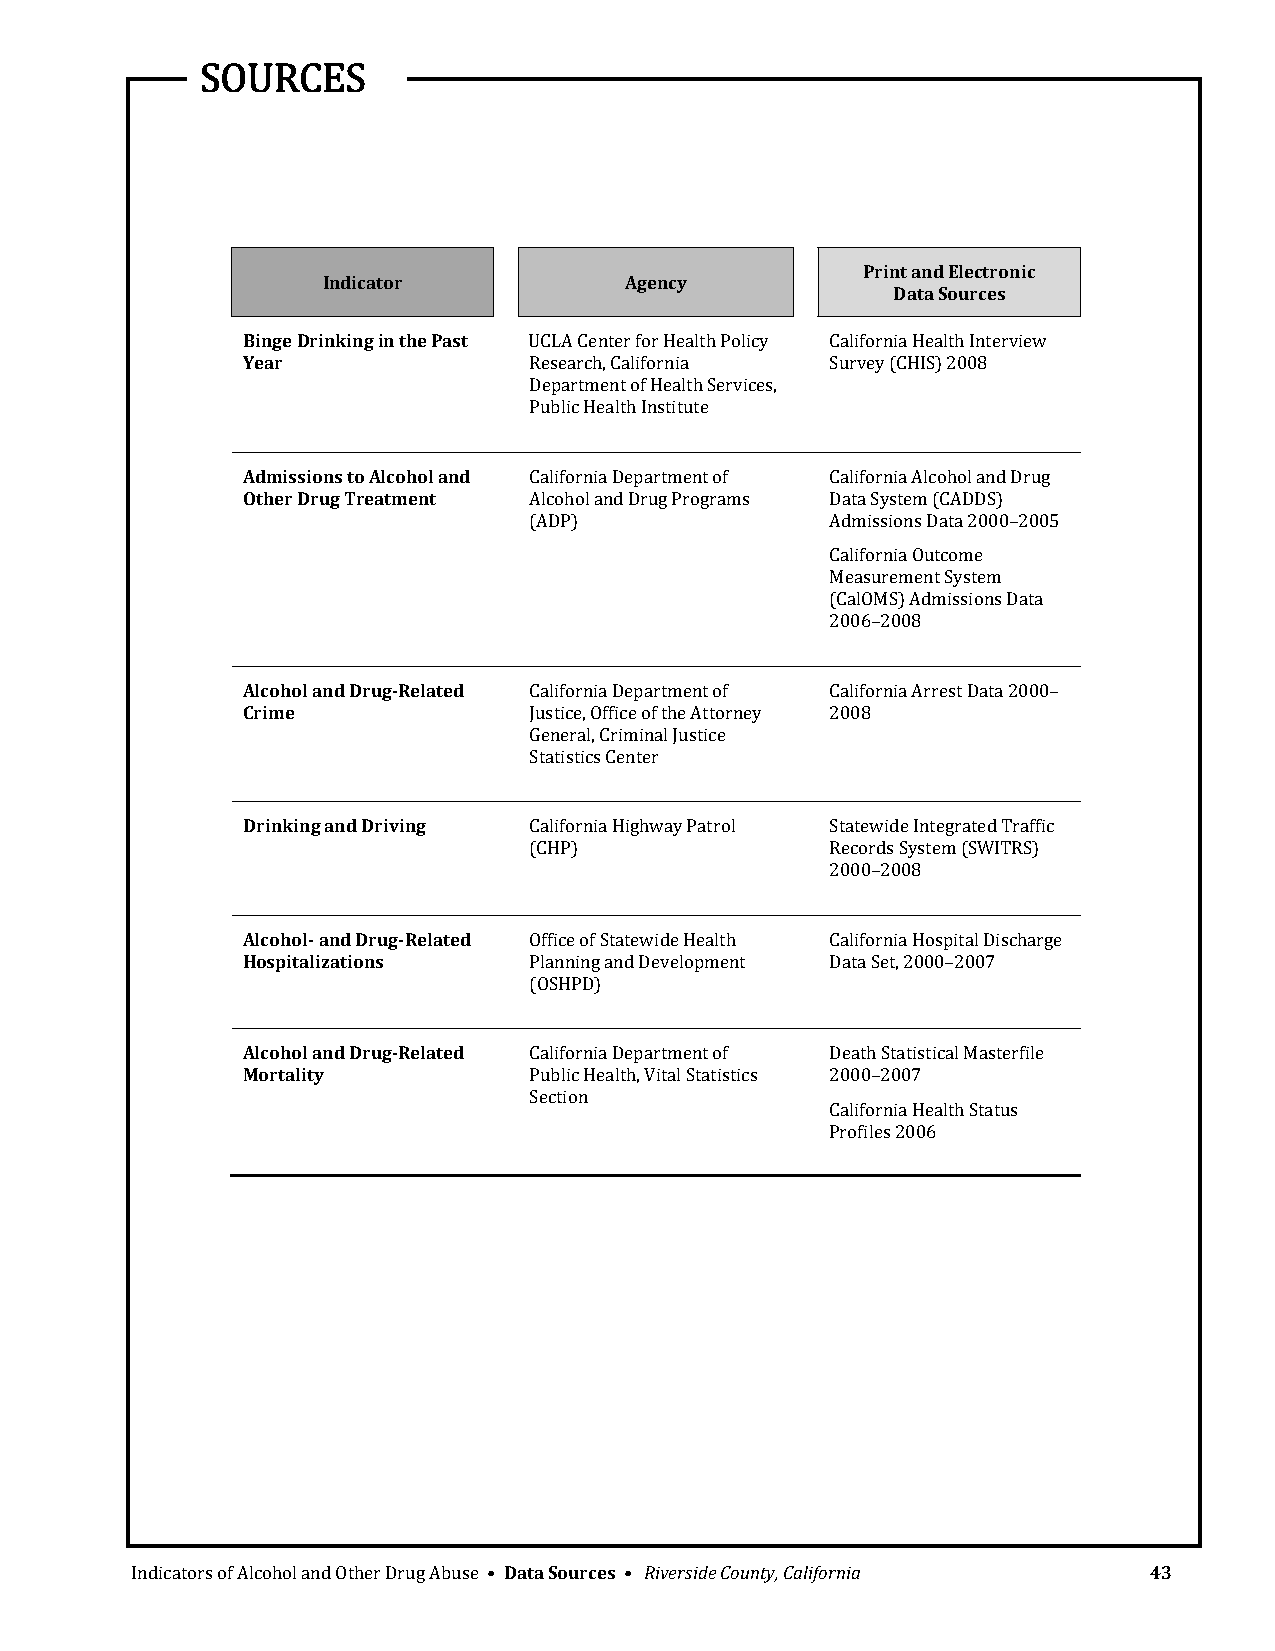
SOURCES
 Print and Electronic
 Indicator           Agency
 Data Sources
 Binge Drinking in the Past UCLA Center for Health Policy California Health Interview
 Year               Research, California Survey (CHIS) 2008
 Department of Health Services,
 Public Health Institute
 Admissions to Alcohol and California Department of California Alcohol and Drug
 Other Drug Treatment Alcohol and Drug Programs Data System (CADDS)
 (ADP)               Admissions Data 2000–2005
 California Outcome
 Measurement System
 (CalOMS) Admissions Data
 2006–2008
 Alcohol and Drug­Related California Department of California Arrest Data 2000–
 Crime              Justice, Office of the Attorney 2008
 General, Criminal Justice
 Statistics Center
 Drinking and Driving California Highway Patrol Statewide Integrated Traffic
 (CHP)               Records System (SWITRS)
 2000–2008
 Alcohol­ and Drug­Related Office of Statewide Health California Hospital Discharge
 Hospitalizations   Planning and Development Data Set, 2000–2007
 (OSHPD)
 Alcohol and Drug­Related California Department of Death Statistical Masterfile
 Mortality          Public Health, Vital Statistics 2000–2007
 Section
 California Health Status
 Profiles 2006
 Indicators of Alcohol and Other Drug Abuse • Data Sources • Riverside County, California 43